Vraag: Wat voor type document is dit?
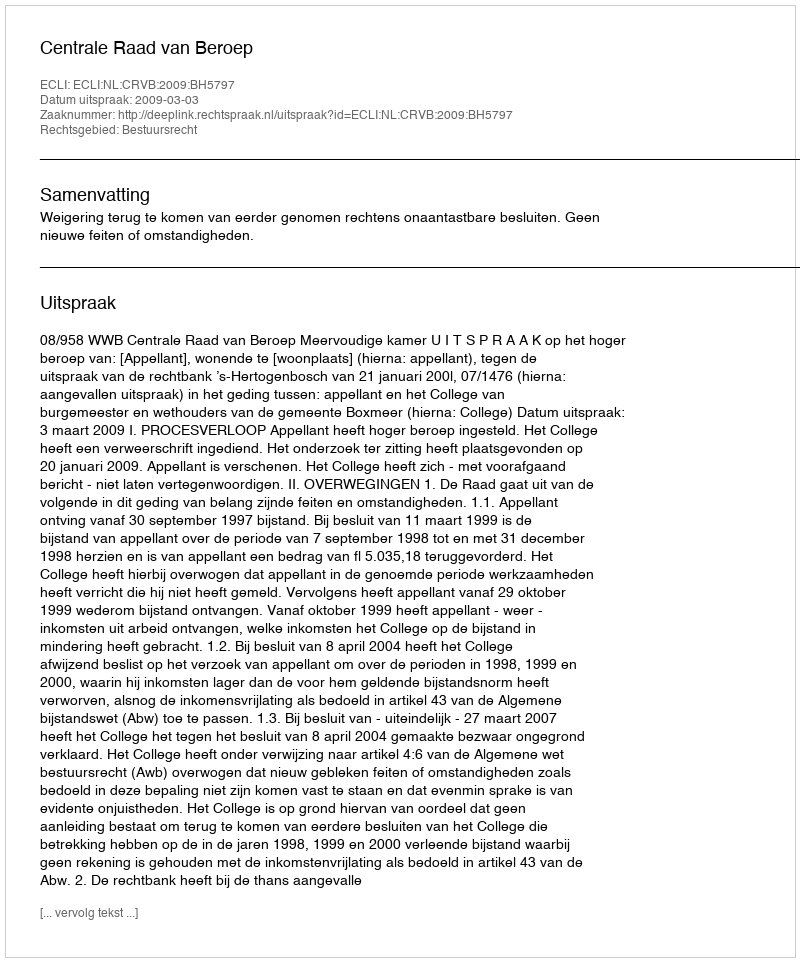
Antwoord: Uitspraak